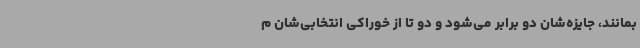
بمانند، جایزه‌شان دو برابر می‌شود و دو تا از خوراکی انتخابی‌شان م